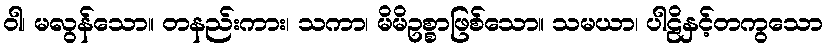
ဝါ၊ မလွန်သော။ တနည်းကား၊ သကာ၊ မိမိဥစ္စာဖြစ်သော။ သမယာ၊ ပါဠိနှင့်တကွသော